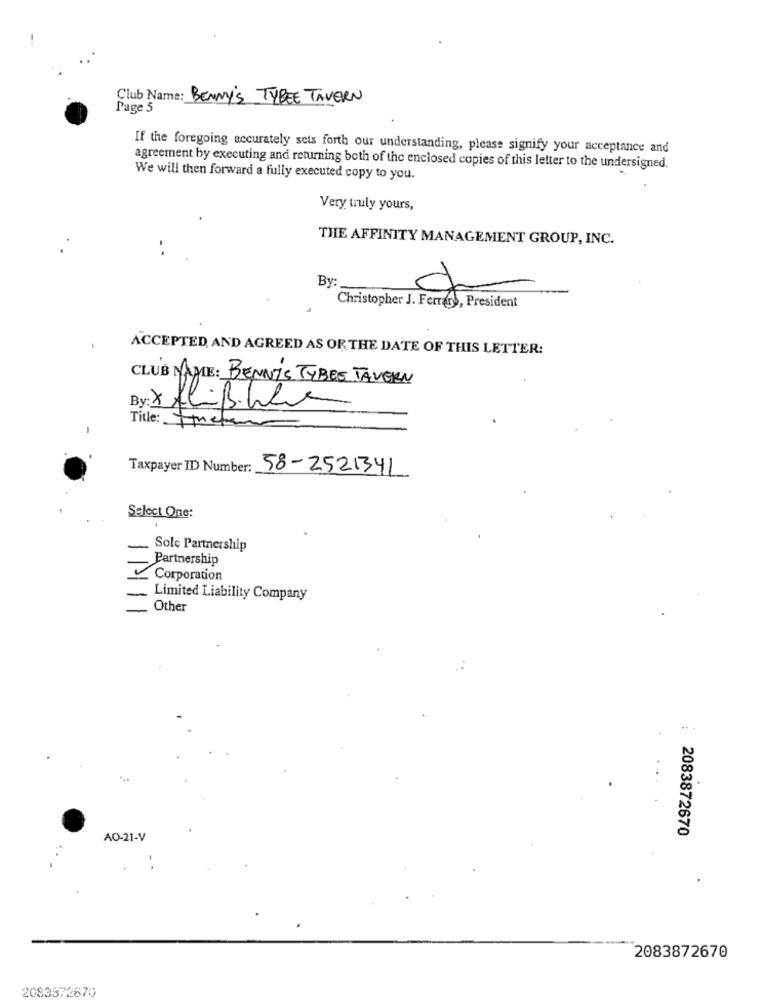
Club Name: BENNY'S TYBEE TAVERN
Page 5
If the foregoing accurately sets forth our understanding, please signify your acceptance and
agreement by executing and returning both of the enclosed copies of this letter to the undersigned.
We will then forward a fully executed copy to you.
Very truly yours,
THE AFFINITY MANAGEMENT GROUP, INC.
-
By
Christopher J. Ferriss, President
ACCEPTED, AND AGREED AS OR THE DATE OF THIS LETTER:
CLUB NAME: BENNY'S TYBES TAVERN
fliB.here
-
Title: Frete
Taxpayer ID Number: 58-2521341
Select One:
Solc Partnership
Partnership
Corporation
-
Limited Liability Company
Other
:
2083872670
AO-21-V
2083872670
2083372670